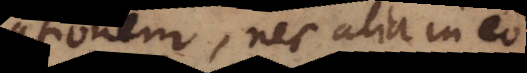
ationem, nec alia in eo